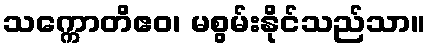
သက္ကောတိဧဝ၊ မစွမ်းနိုင်သည်သာ။